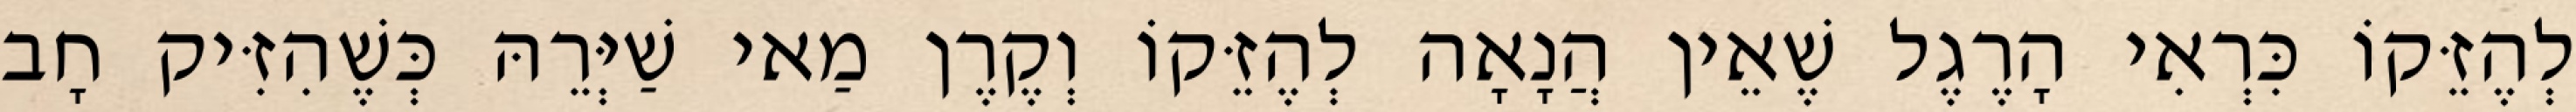
לְהֶזֵּקוֹ כִּרְאִי הָרֶגֶל שֶׁאֵין הֲנָאָה לְהֶזֵּקוֹ וְקֶרֶן מַאי שַׁיְּרֵהּ כְּשֶׁהִזִּיק חָב